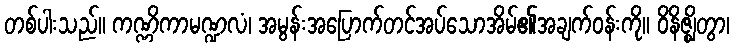
တစ်ပါးသည်။ ကဏ္ဏိကာမဏ္ဍလံ၊ အမွန်းအပြောက်တင်အပ်သောအိမ်၏အချက်ဝန်းကို။ ဝိနိဇ္ဈိတွာ၊